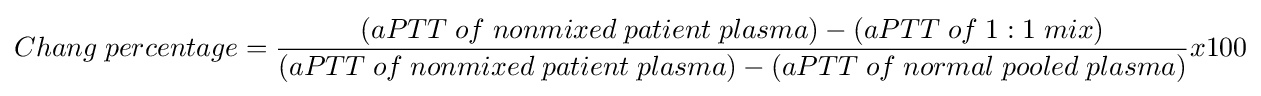
Chang\;percentage={\frac {(aPTT\;of\;nonmixed\;patient\;plasma)-(aPTT\;of\;1:1\;mix)}{(aPTT\;of\;nonmixed\;patient\;plasma)-(aPTT\;of\;normal\;pooled\;plasma)}}x100